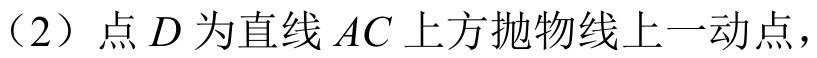
（2）点\(D\)为直线\(AC\)上方抛物线上一动点，